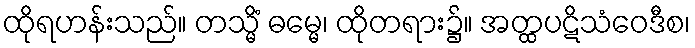
ထိုရဟန်းသည်။ တသ္မိံ ဓမ္မေ၊ ထိုတရား၌။ အတ္ထပဋိသံဝေဒီစ၊